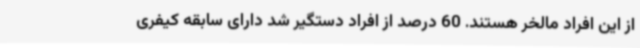
از این افراد مالخر هستند. 60 درصد از افراد دستگیر شد دارای سابقه کیفری